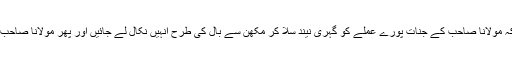
عینک والے جن اور الف لیلی کی کہانیوں کو یاد کریں تو یہ بھی ممکن ہے کہ مولانا صاحب کے جنات پورے عملے کو گہری نیند سلا کر مکھن سے بال کی طرح انہیں نکال لے جائیں اور پھر مولانا صاحب کسی اڑن طشتری میں بیٹھے اسلام آباد کا فضا سے معانئہ کرتے نظر آئیں۔